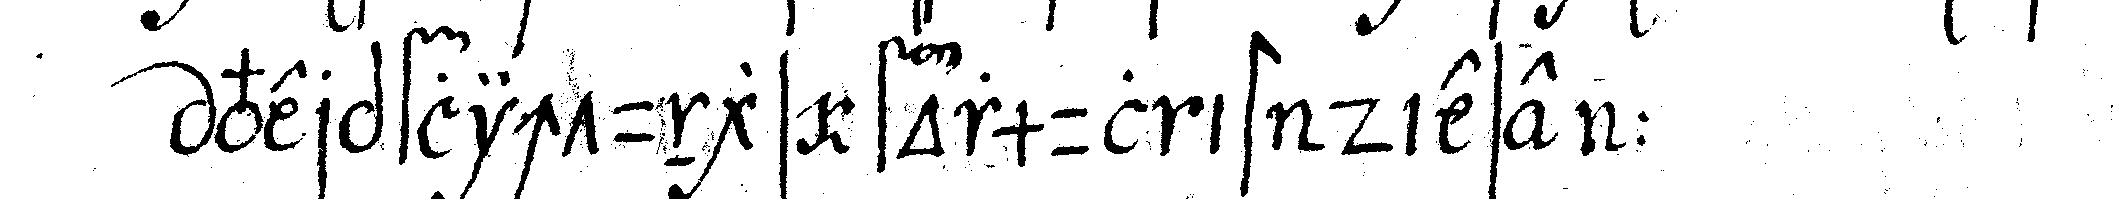
verpflichtungs formul ist diese :